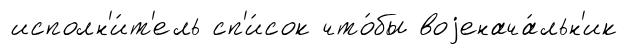
исполн'и́т'ель сп'и́сок что́бы воjенача́льн'ик